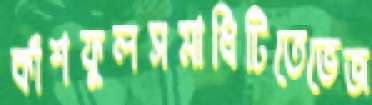
কাঁশফুলসমাধিটিতেভেজ